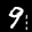
Label: 9